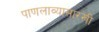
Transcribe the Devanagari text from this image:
पाणलाव्यासारखी